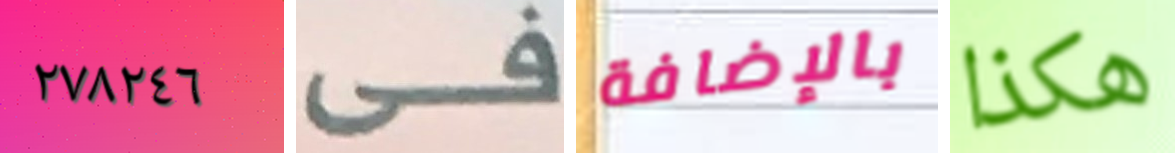
٢٧٨٢٤٦ فى بالإضافة هكذا